Vital statistics of India. Vol. IV, Annual returns from 1871 to 1876. British Army of India, Native Army and jails of Bengal
Year: 1871
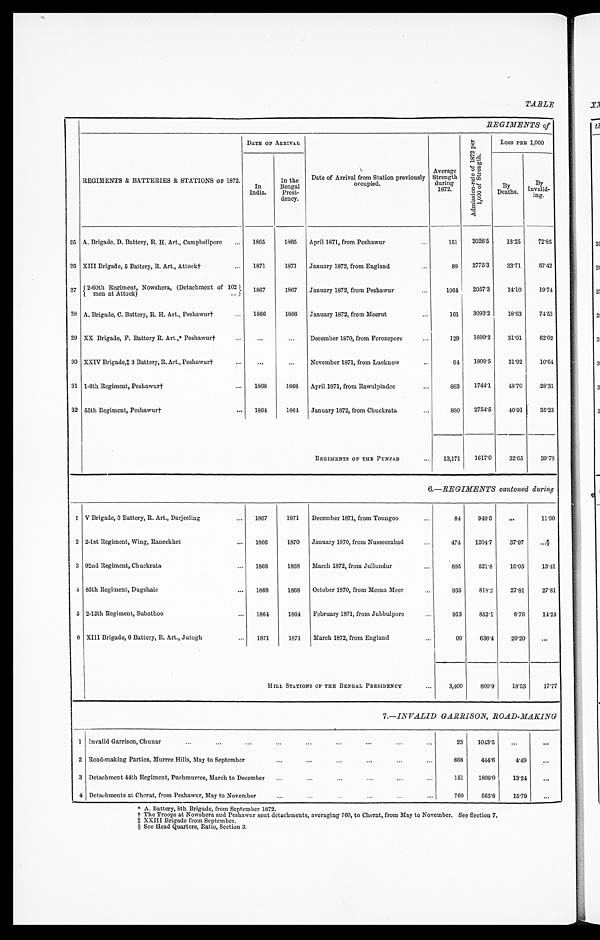
TABLE
REGIMENTS of
REGIMENTS & BATTERIES & STATIONS OF 1872.
DATE OF ARRIVAL
Date of Arrival from Station previously
occupied.
Average
Strength
during
1872.
A d m i s s i o n - r a t e o f 1 8 7 2
p e r 1 , 0 0 0 o f S t r e n g t h .
Loss PER 1,000
In
India.
In the
Bengal Presi-
dency.
By
Deaths.
By
Invalid
-ing..
25 A. Brigade, D. Battery, R. H. Art., Campbellpore
1865
1865 April 1871, from Peshawur
...
151 2026.5 13.25 72.85
26 XIII Brigade, 5 Battery, R. Art., Attock† ...
1871
1871 January 1872, from England
89 2775.3 33.71 67.42
2 7 2-60th Regiment, Nowshera, (Detachment of 102
men at Attock)
1867
1867 January 1872, from Peshawur
. -
1064 2057.3 14.10 19.74
28 A. Brigade, C. Battery, R. H. Art., Peshawur† ...
1866
1866 January 1872, from Meerut
...
161 3093.2 18.63 74.53
29 XX Brigade, F. Battery R. Art.,* Peshawur† ...
...
... December 1870, from Ferozepore
...
129 1899.2 31.01 62.02
30 XXIV Brigade,‡ 3 Battery, R. Art., Peshawur† ...
. . .
... November 1871, from Lucknow
...
94 1808.5 31.92 10.64
31 1-6th Regiment, Peshawur†
1868
1868 April 1871, from Rawulpindee
...
883 1744.1 48.70 28.31
32 55th Regiment, Peshawur† ...
1864
1864 January 1872, from Chuckrata
880 2754.5 40.91 35.23
REGIMENTS OF THE PUNJAB . . . 13,171 1617.0 32.65 39.78
6.—REGIMENTS cantoned during
1 V Brigade, 3 Battery, R. Art., Darjeeling
... 1867
1871 December 1871, from Toungoo...
8 4 940.5 ...
11.90
2 2-1st Regiment, Wing, Raneekhet
... 1 8 6 6
1870 January 1870, from Nusseerabad...
474 1204.7 37.97
...§
3 92nd Regiment, Chuckrata
1 8 6 8
1868 March 1872, from Jullundur...
895
521.8 10.05
13.41
4 85th Regiment, Dugshaie
... 1868
1868 October 1870, from Meean Meer...
9 3 5 818.2 27.81
27.81
5 2-12th Regiment, Subathoo
... 1864
1864 February 1871, from Jubbulpore...
9 1 3 852.1
8.76
14.24
6 XIII Brigade, 6 Battery, R. Art., Jutogh
... 1871
1871 March 1872, from England
...
99
636.4 20.20
...
HILL STATIONS OF THE BENGAL PRESIDENCY...
3 , 4 0 0 800.9 18.53
17.77
7.—INVALID GARRISON ROAD-MAKING
1 Invalid Garrison, Chunar
...
...
...
...
...
...
...
...
...
23 1043.5
. . . ...
2 Road-making Parties, Murree Hills, May to September
...
...
...
...
...
...
668
444.6
4.49
...
3 Detachment 44th Regiment, Puchmurree, March to December ...
...
...
...
...
151 1808.0 13.24
...
4 Detachments at Cherat, from Peshawur, May to November
...
...
...
...
760
565.8 15.79
...
* A. Battery, 8th Brigade, from September 1872. † The Tr oops at Nows her a and Pes hawur s ent det achment s , aver agi ng 760, t o Cher at , f r om May t o November . See Sect i on 7.
‡XXIII Brigade from September.
§ S e e H e a d Q u a r t e r s , R a t i o , S e c t i o n 3 .